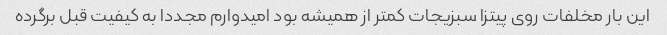
این بار مخلفات روی پیتزا سبزیجات کمتر از همیشه بود امیدوارم مجددا به کیفیت قبل برگرده